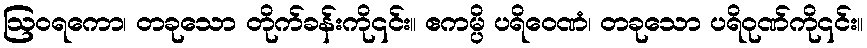
ဩဝရကော၊ တခုသော တိုက်ခန်းကို၎င်း။ ဧကမ္ပိ ပရိဝေဏံ၊ တခုသော ပရိဝုဏ်ကို၎င်း။